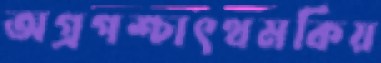
অগ্রপশ্চাৎথমকিয়